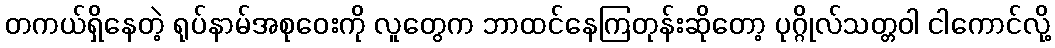
တကယ်ရှိနေတဲ့ ရုပ်နာမ်အစုဝေးကို လူတွေက ဘာထင်နေကြတုန်းဆိုတော့ ပုဂ္ဂိုလ်သတ္တဝါ ငါကောင်လို့